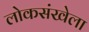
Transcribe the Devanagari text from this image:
लोकसंखेला